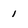
Character: 1